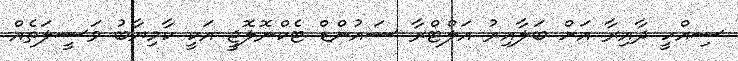
ސިއްހީ ދާއިރާ އަށް ބަލާއިރު އަލްޓްރާ ސައުންޑް ޓެކްނޮލޮޖީ އަކީ ކާމިޔާބު ވަސީލަތެއް